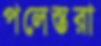
পলেস্তরা